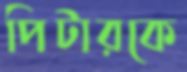
পিটারকে